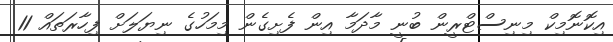
އިކޮނޮމިކް މިނިސްޓްރީން ބުނީ މާދަމާ އިން ފެށިގެން މިމަހުގެ ނިޔަލަށް ފިހާރަތައް 11